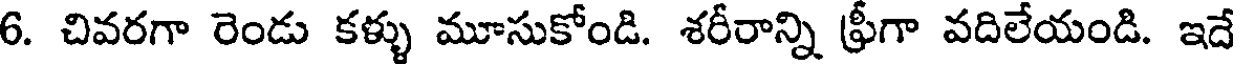
6. చివరగా రెండు కళ్ళు మూసుకోండి. శరీరాన్ని ఫ్రీగా వదిలేయండి. ఇదే